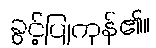
ခွင့်ပြုကုန်၏။